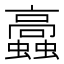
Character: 𧕔